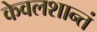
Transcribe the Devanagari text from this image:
केवलशान्तं